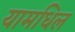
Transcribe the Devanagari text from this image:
यामधिल